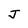
Character: J